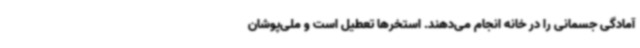
آمادگی جسمانی را در خانه انجام می‌دهند. استخرها تعطیل است و ملی‌پوشان